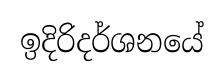
ඉදිරිදර්ශනයේ